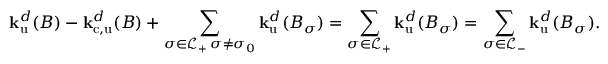
{ \mathbf { k } } _ { \mathrm { u } } ^ { d } ( B ) - { \mathbf { k } } _ { \mathrm { c , u } } ^ { d } ( B ) + \sum _ { \substack { \sigma \in { \mathcal { L } } _ { + } \, \sigma \neq \sigma _ { 0 } } } { \mathbf { k } } _ { \mathrm { u } } ^ { d } ( B _ { \sigma } ) = \sum _ { \sigma \in { \mathcal { L } } _ { + } } { \mathbf { k } } _ { \mathrm { u } } ^ { d } ( B _ { \sigma } ) = \sum _ { \sigma \in { \mathcal { L } } _ { - } } { \mathbf { k } } _ { \mathrm { u } } ^ { d } ( B _ { \sigma } ) .